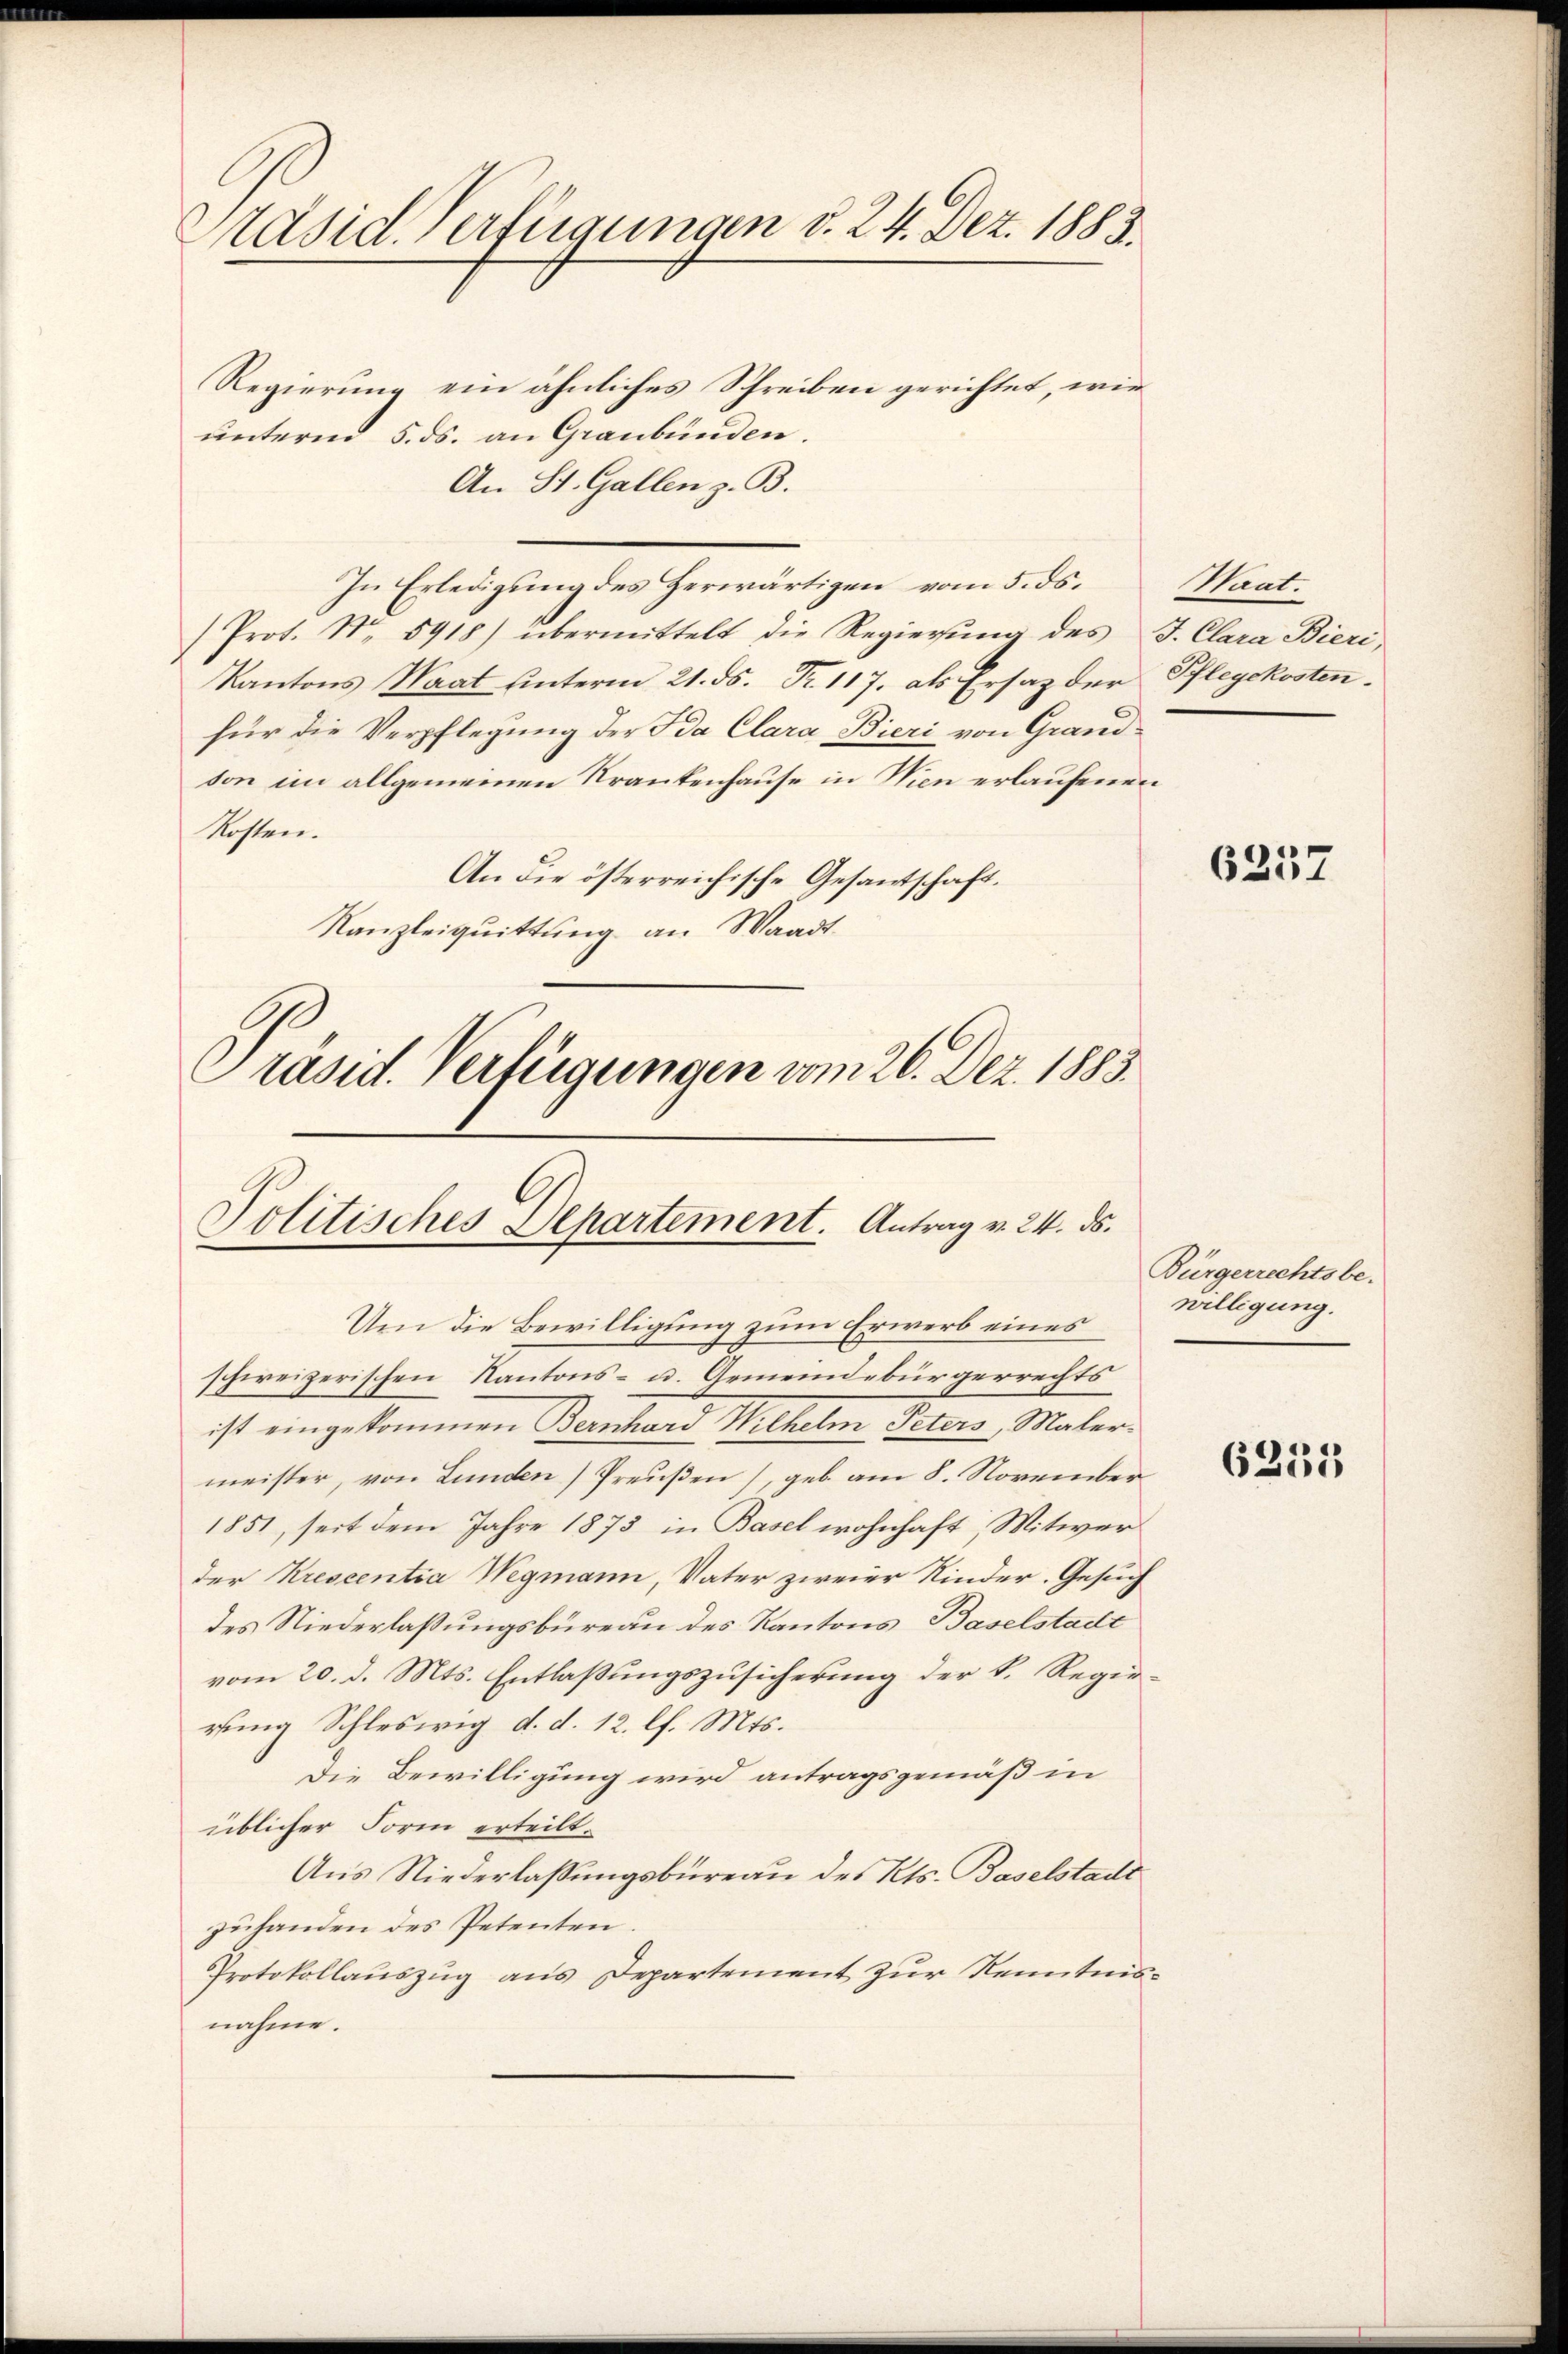
Präsid. Verfügungen v. 24. Dez. 1883.

Regierung ein ähnliches Schreiben gerichtet, wie
ŭnterm 5. ds. an Graubünden.
An St. Gallen z. B.
In Erledigung des Herwärtigen vom 5. ds.
Prot. Nr. 5918) übermittelt die Regierŭng des J. Clara Bieri
Kantons Saat unterm 21. ds. Fr. 117. als Ersatz der Pflegckosten-
für die Verpflegung der Ida Clara Bieri von Grandvon im allgemeinen Krankenhause in Wien erlaufenen
Kosten.
An die österreichische Gesantschaft.
Kanzleiquittung an Waadt
Präsid. Verfügungen vom 26. Dez. 1883.

Politisches Departement. Antrag v. 24. ds.

Um die Bewilligung zum Erwerb eines
schweizerischen Kantons- u. Gemeindebürgerrechts
ist eingekommen Bernhard Wilhelm Peters Malermeister, von Lunden Preußen), geb. am 8. November
1851, seit dem Jahre 1873 in Basel wohnhaft, Mitwer
der Krescentia Wegmann, Vater zweier Kinder. Gesuch
des Niederlaßungsbüreau des Kantons Baselstadt
vom 20. d. Mts. Entlaßungszusicherung der k. Regierung Schleswig d. d. 12. l. Mts.
Die Bewilligung wird antragsgemäß in
üblicher Form erteilt.
Aus Niederlassungsbüreau des Kts. Baselstadt
zuhanden des Petenten
Protokollauszug aus Departement zur Kenntnisnahme.

Saat.

6257

Bürgerrechtsbe-
willigung.

6251